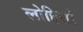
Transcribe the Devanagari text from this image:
लोहितो